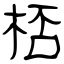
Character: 桮